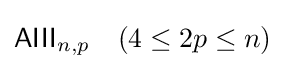
{\mathsf {AIII}}_{n,p}\quad (4\leq 2p\leq n)